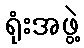
ရုံးအဖွဲ့